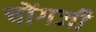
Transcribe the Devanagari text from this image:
चोंगजी